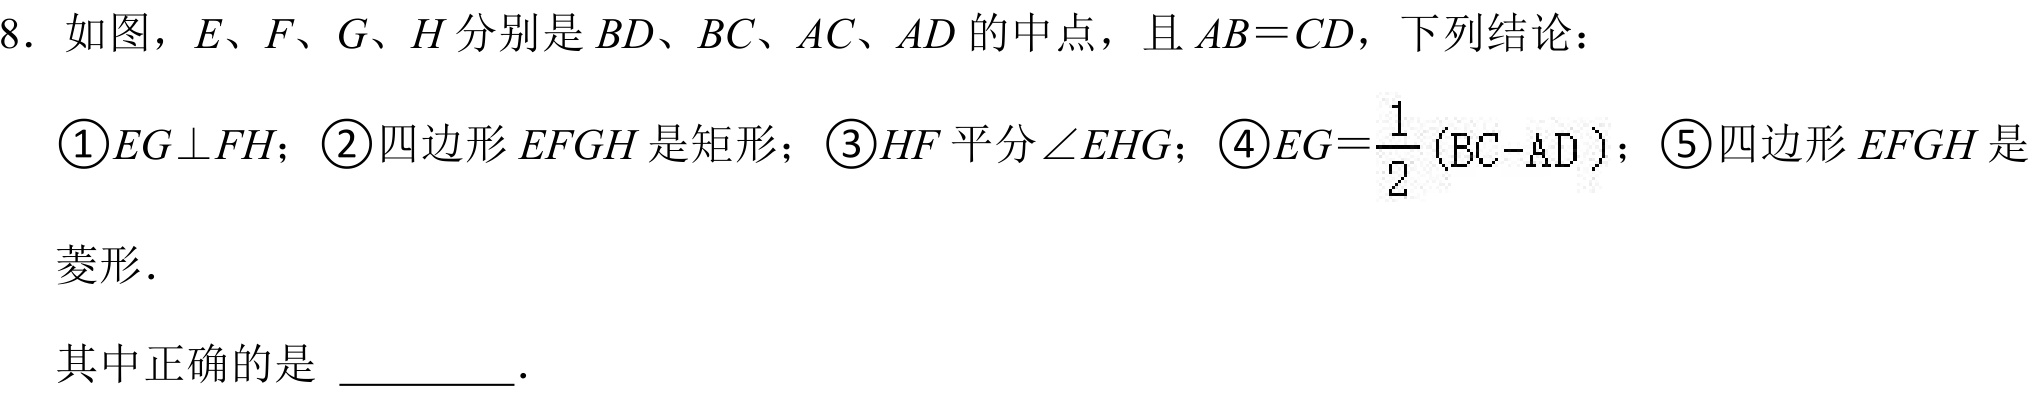
8. 如图，\(E、F、G、H\)分别是\(BD、BC、AC、AD\)的中点，且\(AB = CD\)，下列结论：
\textcircled{1}\(EG\perp FH\)；\textcircled{2}四边形\(EFGH\)是矩形；\textcircled{3}\(HF\)平分\(\angle EHG\)；\textcircled{4}\(EG=\frac{1}{2}(BC - AD)\)；\textcircled{5}四边形\(EFGH\)是菱形．
其中正确的是 \_\_\_\_\_．